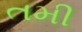
તમી